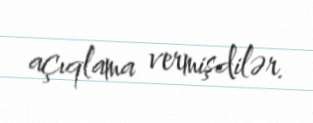
açıqlama vermişdilər.